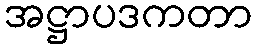
အဋ္ဌာပဒကတာ